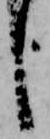
し